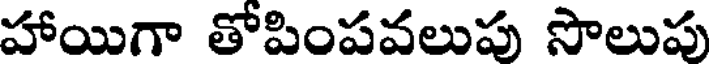
హాయిగా తోపింపవలుపు సొలుపు